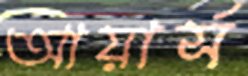
আয়ার্স